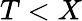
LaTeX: T<X